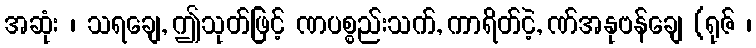
အဆုံး ၊ သရချေ, ဤသုတ်ဖြင့် ဏပစ္စည်းသက်, ကာရိတ်ငဲ့, ဏ်အနုဗန်ချေ (ရုဇ် ၊